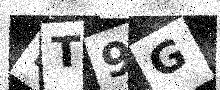
Text: DT9G